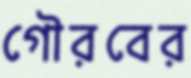
গৌরবের